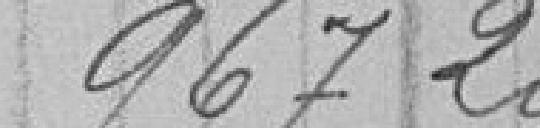
967,20